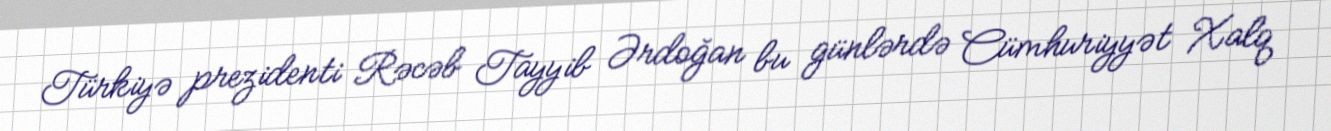
Türkiyə prezidenti Rəcəb Tayyib Ərdoğan bu günlərdə Cümhuriyyət Xalq